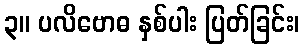
၃။ ပလိဗောဓ နှစ်ပါး ပြတ်ခြင်း၊